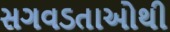
સગવડતાઓથી